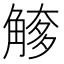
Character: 𧤌